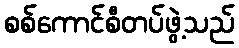
စစ်ကောင်စီတပ်ဖွဲ့သည်